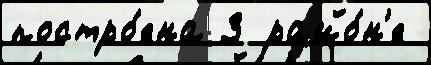
постро́ена 3 райо́н'е